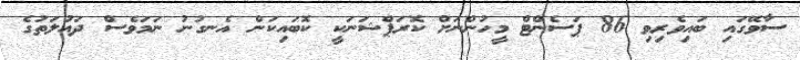
ސާވޭގައި ބައިވެރިވި 86 ޕަސެންޓް މީހުންނަށް ކޮރަޕްޝަނަކީ ކޮބައިކަން އެނގުނު ނަމަވެސް ދައުލަތުގެ